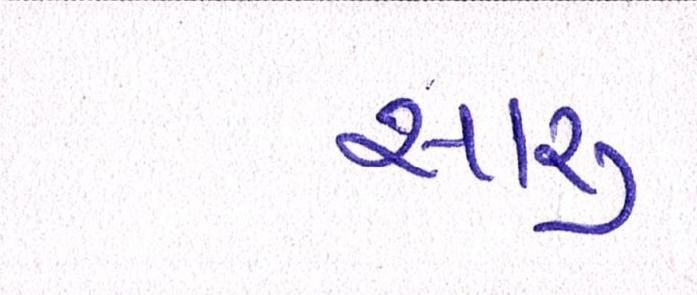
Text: સારુ